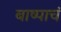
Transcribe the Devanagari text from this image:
बाष्पाचं